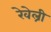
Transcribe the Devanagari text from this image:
रेवेल्री